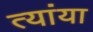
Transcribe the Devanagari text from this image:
त्यांया